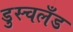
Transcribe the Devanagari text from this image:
डुस्चलँड